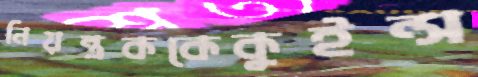
নিয়ন্ত্রককেকুইন্স